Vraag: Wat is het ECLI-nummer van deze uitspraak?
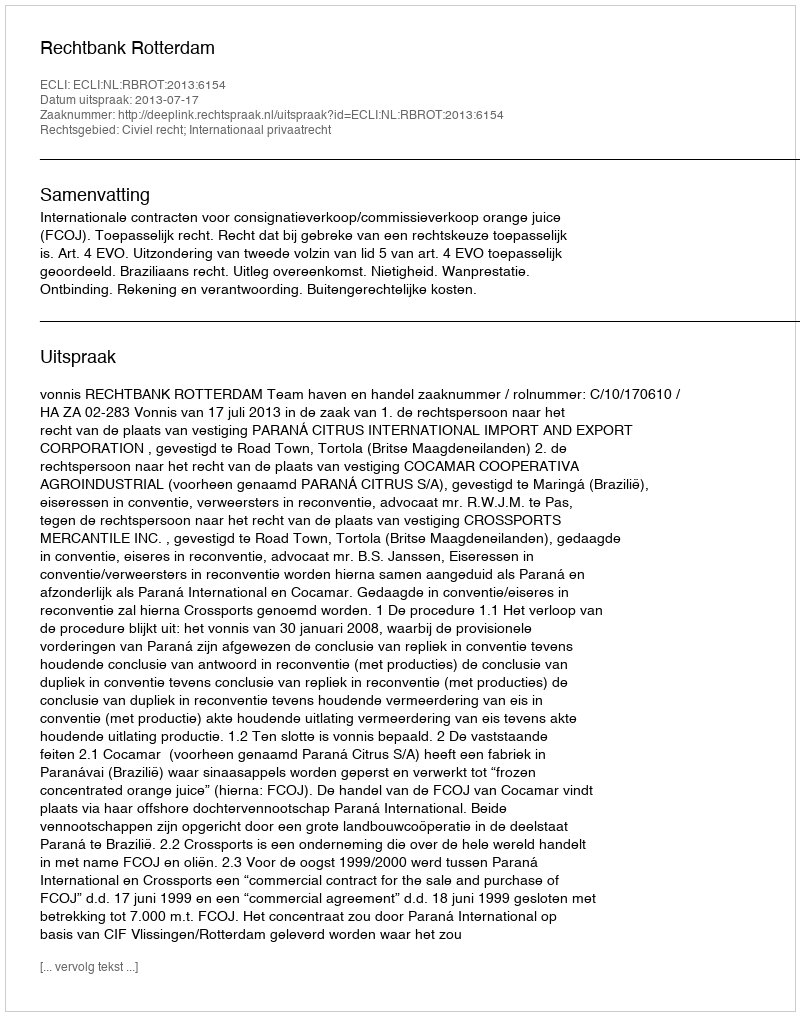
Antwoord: ECLI:NL:RBROT:2013:6154